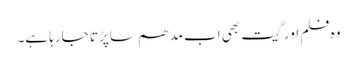
وہ فلم اور گیت بھی اب مدھم سا پڑتا جارہا ہے۔